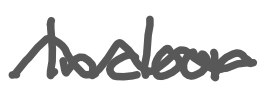
Text: Indoor
Cross-out: wave
Writing tool: digital_gray